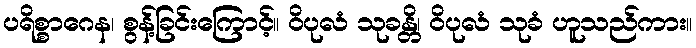
ပရိစ္စာဂေန၊ စွန့်ခြင်းကြောင့်။ ဝိပုလံ သုခန္တိ၊ ဝိပုလံ သုခံ ဟူသည်ကား။